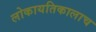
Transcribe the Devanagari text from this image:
लोकायतिकालाच